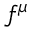
f ^ { \mu }